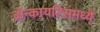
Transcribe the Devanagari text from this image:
ब्रोन्कायटिसमध्ये